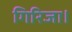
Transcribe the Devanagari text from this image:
गिरिजा।